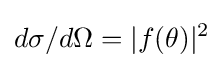
d\sigma /d\Omega =|f(\theta )|^{2}